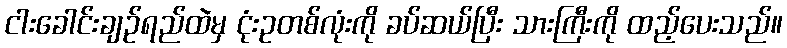
ငါးခေါင်းချဉ်ရည်ထဲမှ ငုံးဥတစ်လုံးကို ခပ်ဆယ်ပြီး သားကြီးကို ထည့်ပေးသည်။